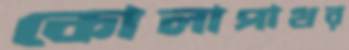
কোলাপাথর